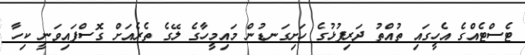
ޓެސްޓެއްގެ އެހީގައި ތުއްތު ދަރިފުޅުގެ ހަށިގަނޑުން މައިމީހާގެ ލޭގެ ތެރެއަށް ގޮސްފައިވަނީ ކިހާ